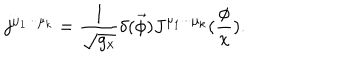
LaTeX: j ^ { \mu _ { 1 } \cdot \cdot \cdot \mu _ { k } } = \frac 1 { \sqrt { g _ { x } } } \delta ( \vec { \phi } ) J ^ { \mu _ { 1 } \cdot \cdot \cdot \mu _ { k } } ( \frac \phi x ) .